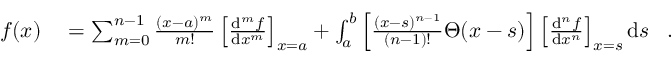
{ \begin{array} { r l } { f ( x ) } & { { } = \sum _ { m = 0 } ^ { n - 1 } { \frac { ( x - a ) ^ { m } } { m ! } } \left[ { \frac { \mathrm { d } ^ { m } f } { \mathrm { d } x ^ { m } } } \right] _ { x = a } + \int _ { a } ^ { b } \left[ { \frac { ( x - s ) ^ { n - 1 } } { ( n - 1 ) ! } } \Theta ( x - s ) \right] \left[ { \frac { \mathrm { d } ^ { n } f } { \mathrm { d } x ^ { n } } } \right] _ { x = s } \mathrm { d } s } \end{array} } ~ .